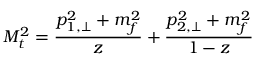
M _ { t } ^ { 2 } = \frac { p _ { 1 , \perp } ^ { 2 } + m _ { f } ^ { 2 } } { z } + \frac { p _ { 2 , \perp } ^ { 2 } + m _ { f } ^ { 2 } } { 1 - z }